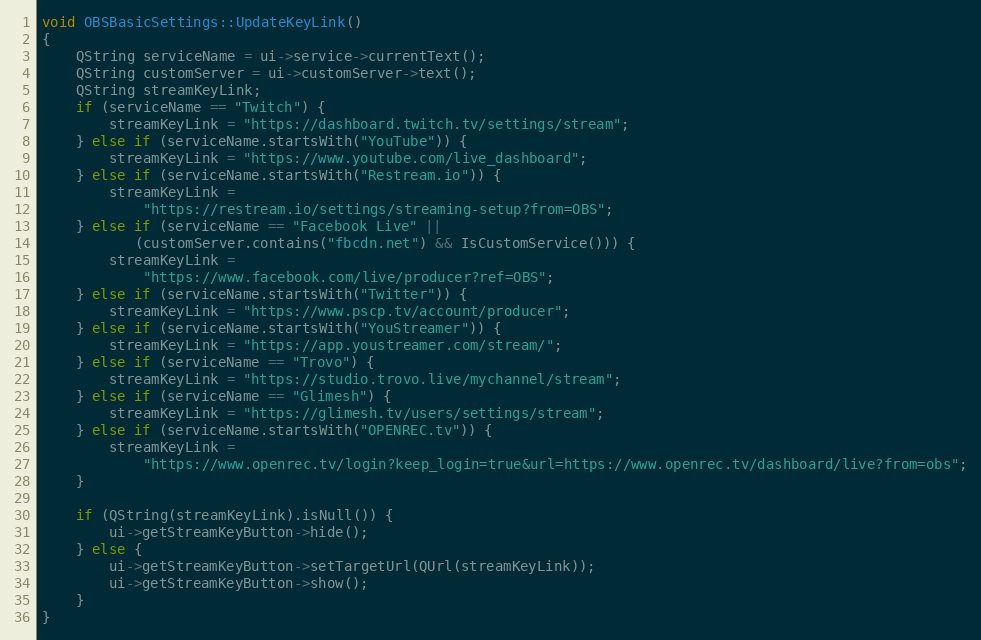
Language: C++
void OBSBasicSettings::UpdateKeyLink()
{
	QString serviceName = ui->service->currentText();
	QString customServer = ui->customServer->text();
	QString streamKeyLink;
	if (serviceName == "Twitch") {
		streamKeyLink = "https://dashboard.twitch.tv/settings/stream";
	} else if (serviceName.startsWith("YouTube")) {
		streamKeyLink = "https://www.youtube.com/live_dashboard";
	} else if (serviceName.startsWith("Restream.io")) {
		streamKeyLink =
			"https://restream.io/settings/streaming-setup?from=OBS";
	} else if (serviceName == "Facebook Live" ||
		   (customServer.contains("fbcdn.net") && IsCustomService())) {
		streamKeyLink =
			"https://www.facebook.com/live/producer?ref=OBS";
	} else if (serviceName.startsWith("Twitter")) {
		streamKeyLink = "https://www.pscp.tv/account/producer";
	} else if (serviceName.startsWith("YouStreamer")) {
		streamKeyLink = "https://app.youstreamer.com/stream/";
	} else if (serviceName == "Trovo") {
		streamKeyLink = "https://studio.trovo.live/mychannel/stream";
	} else if (serviceName == "Glimesh") {
		streamKeyLink = "https://glimesh.tv/users/settings/stream";
	} else if (serviceName.startsWith("OPENREC.tv")) {
		streamKeyLink =
			"https://www.openrec.tv/login?keep_login=true&url=https://www.openrec.tv/dashboard/live?from=obs";
	}

	if (QString(streamKeyLink).isNull()) {
		ui->getStreamKeyButton->hide();
	} else {
		ui->getStreamKeyButton->setTargetUrl(QUrl(streamKeyLink));
		ui->getStreamKeyButton->show();
	}
}